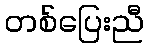
တစ်ပြေးညီ